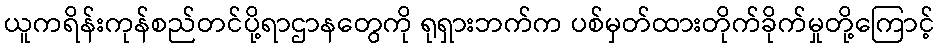
ယူကရိန်းကုန်စည်တင်ပို့ရာဌာနတွေကို ရုရှားဘက်က ပစ်မှတ်ထားတိုက်ခိုက်မှုတို့ကြောင့်